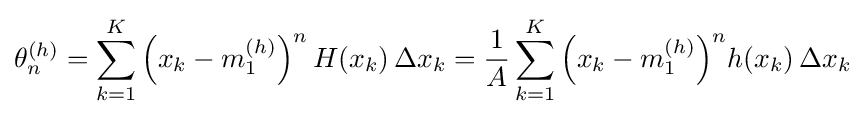
\theta _{n}^{(h)}=\sum _{k=1}^{K}{\Big (}x_{k}-m_{1}^{(h)}{\Big )}^{n}\,H(x_{k})\,\Delta x_{k}={\frac {1}{A}}\sum _{k=1}^{K}{\Big (}x_{k}-m_{1}^{(h)}{\Big )}^{n}h(x_{k})\,\Delta x_{k}